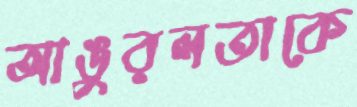
আঙুরলতাকে